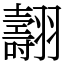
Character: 翿